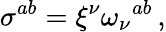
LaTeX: \sigma^{ab}=\xi^{\nu}\omega_{\nu}{}^{ab}\, ,